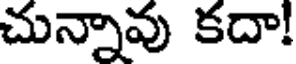
చున్నావు కదా!